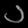
Digit: ၁